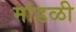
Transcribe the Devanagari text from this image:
मांडळी